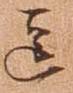
逗